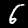
Digit: 6